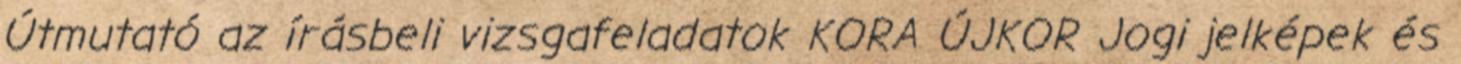
Útmutató az írásbeli vizsgafeladatok KORA ÚJKOR Jogi jelképek és